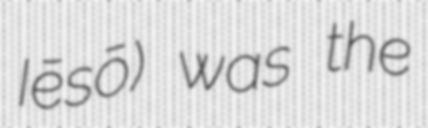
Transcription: Iēsō) was the